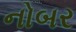
નોબર